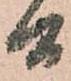
間